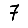
Digit: 7